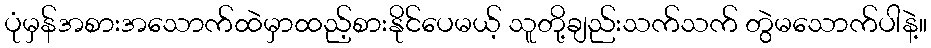
ပုံမှန်အစားအသောက်ထဲမှာထည့်စားနိုင်ပေမယ့် သူတို့ချည်းသက်သက် တွဲမသောက်ပါနဲ့။